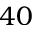
4 0